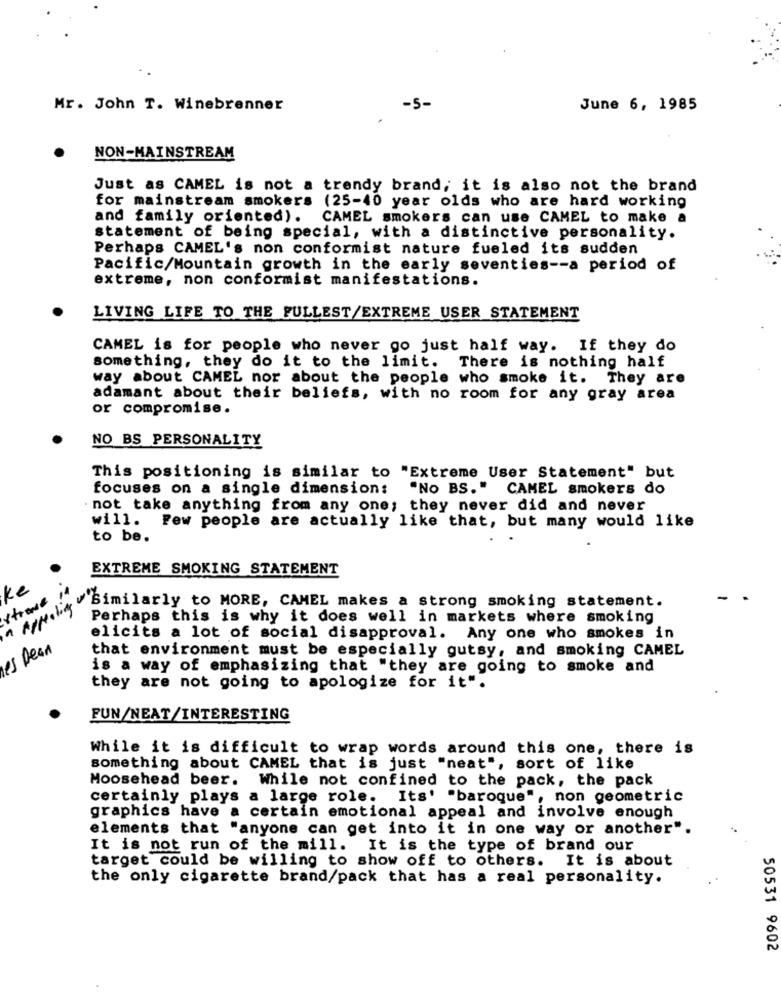
Mr. John T. Winebrenner
-5-
June 6, 1985
NON-MAINSTREAM
Just as CAMEL is not a trendy brand, it is also not the brand
for mainstream smokers (25-40 year olds who are hard working
and family oriented).
CAMEL smokers can use CAMEL to make a
statement of being special, with a distinctive personality.
Perhaps CAMEL's non conformist nature fueled its sudden
Pacific/Mountain growth in the early seventies -- a period of
extreme, non conformist manifestations.
LIVING LIFE TO THE FULLEST/EXTREME USER STATEMENT
CAMEL is for people who never go just half way. If they do
something, they do it to the limit. There is nothing half
way about CAMEL nor about the people who smoke it. They are
adamant about their beliefs, with no room for any gray area
or compromise.
NO BS PERSONALITY
This positioning is similar to "Extreme User Statement" but
focuses on a single dimension:
"No BS." CAMEL smokers do
. not take anything from any one; they never did and never
will. Few people are actually like that, but many would like
to be.
EXTREME SMOKING STATEMENT
Ke
strane in
Appealing
'Similarly to MORE, CAMEL makes a strong smoking statement.
Perhaps this is why it does well in markets where smoking
elicits a lot of social disapproval. Any one who smokes in
nes Pean
that environment must be especially gutsy, and smoking CAMEL
is a way of emphasizing that "they are going to smoke and
they are not going to apologize for it".
FUN/NEAT/INTERESTING
While it is difficult to wrap words around this one, there is
something about CAMEL that is just "neat", sort of like
Moosehead beer. While not confined to the pack, the pack
certainly plays a large role. Its' "baroque", non geometric
graphics have a certain emotional appeal and involve enough
elements that "anyone can get into it in one way or another".
It is not run of the mill. It is the type of brand our
target could be willing to show off to others. It is about
the only cigarette brand/pack that has a real personality.
50531 9602